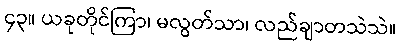
၄၃။ ယခုတိုင်ကြာ၊ မလွတ်သာ၊ လည်ချာတသဲသဲ။